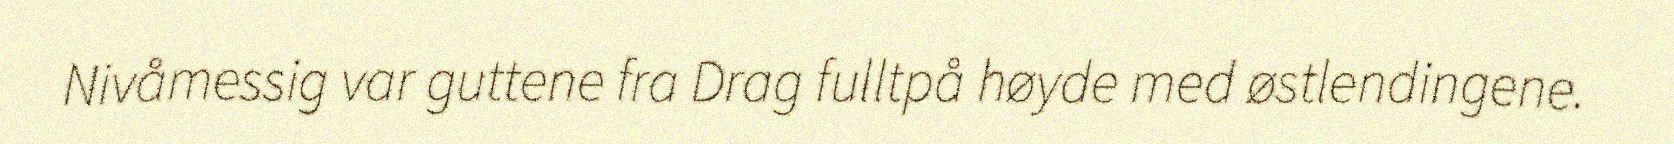
Nivåmessig var guttene fra Drag fulltpå høyde med østlendingene.